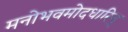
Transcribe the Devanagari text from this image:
मनोभवमोदधारिन्